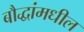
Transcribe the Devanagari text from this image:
बौद्धांमधील